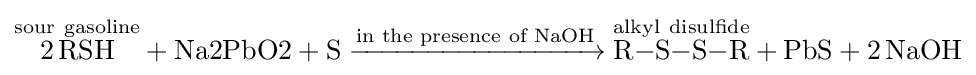
{{\overset {\mathrm {sour} ~\mathrm {gasoline} }{2\,\mathrm {RSH} }}{}+{}{\text{Na2PbO2}}{}+{}\mathrm {S} {}\mathrel {\xrightarrow {\text{in the presence of NaOH}} } {}{\overset {\mathrm {alkyl} ~\mathrm {disulfide} }{\mathrm {R} {-}\mathrm {S} {-}\mathrm {S} {-}\mathrm {R} }}{}+{}{\text{PbS}}{}+{}2\,\mathrm {NaOH} }